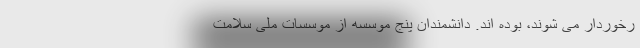
رخوردار می شوند، بوده اند. دانشمندان پنج موسسه از موسسات ملی سلامت